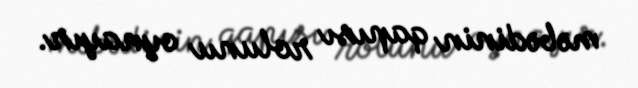
məbədinin qapısı rolunu oynayır.